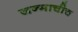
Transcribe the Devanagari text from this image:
जन्माचीच